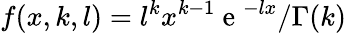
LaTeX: f(x,k,l)=l^{k}x^{k-1}\mathrm{~e~}^{-lx}/\Gamma(k)